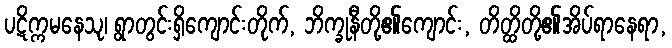
ပဋိက္ကမနေသု၊ ရွာတွင်းရှိကျောင်းတိုက်, ဘိက္ခုနီတို့၏ကျောင်း, တိတ္ထိတို့၏အိပ်ရာနေရာ,